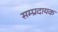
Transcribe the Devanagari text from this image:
सम्‍प्रदायक